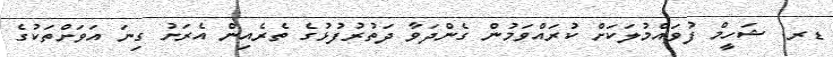
ޑރ. ޝަހީމް ފުވައްމުލަކަށް ކުރައްވަމުން ގެންދަވާ ދަތުރުފުޅުގެ ތެރެއިން އެރަށު ގިނަ އަވަށްތަކުގެ